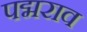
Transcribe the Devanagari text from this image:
पद्मराव